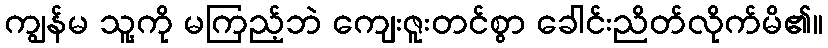
ကျွန်မ သူ့ကို မကြည့်ဘဲ ကျေးဇူးတင်စွာ ခေါင်းညိတ်လိုက်မိ၏။